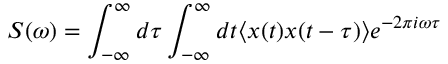
S ( \omega ) = \int _ { - \infty } ^ { \infty } d \tau \int _ { - \infty } ^ { \infty } d t \langle x ( t ) x ( t - \tau ) \rangle e ^ { - 2 \pi i \omega \tau }